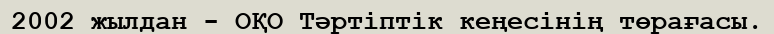
2002 жылдан - ОҚО Тәртіптік кеңесінің төрағасы.